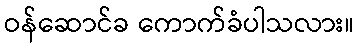
ဝန်ဆောင်ခ ကောက်ခံပါသလား။